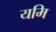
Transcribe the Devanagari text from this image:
यमि